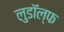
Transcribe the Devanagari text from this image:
लुडॉल्फ